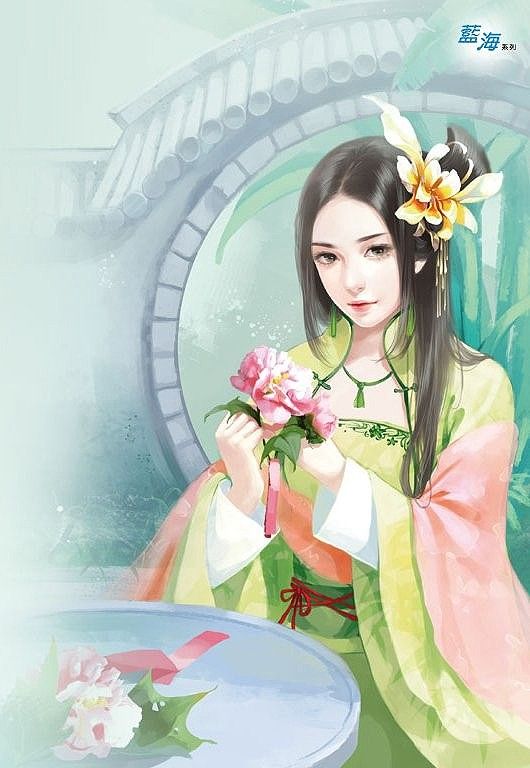
秦地罗敷女，采桑绿水边。